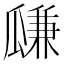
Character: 㼓